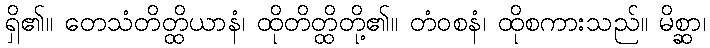
ရှိ၏။ တေသံတိတ္ထိယာနံ၊ ထိုတိတ္ထိတို့၏။ တံဝစနံ၊ ထိုစကားသည်။ မိစ္ဆာ၊